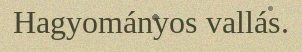
Hagyományos vallás.